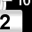
Digit: 2